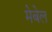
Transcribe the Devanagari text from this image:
मेबेल